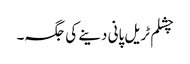
چشلم ٹریل پانی دینے کی جگہ۔